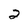
Character: 2